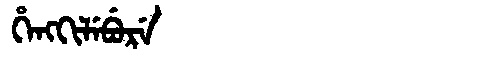
Manchu: ᡥᡝᠩᡴᡳᠯᡝᠪᡠᡵᡝ
Romanization: HENGKILEBURE